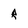
Character: R